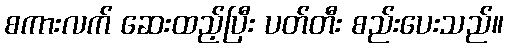
စကားလက် ဆေးထည့်ပြီး ပတ်တီး စည်းပေးသည်။